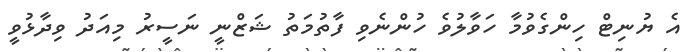
އެ ޔުނިޓް ހިންގެވުމާ ހަވާލުވެ ހުންނެވި ފާތުމަތު ޝަޒްނީ ނަސީރު މިއަދު ވިދާޅުވީ